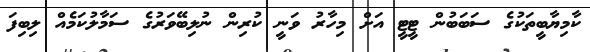
ކާމިޔާބީތަކުގެ ސަބަބުން ޓީޓީ އަށް މިހާރު ވަނީ ކުރިން ނުލިބޭވަރުގެ ސަމާލުކަމެއް ލިބިފަ